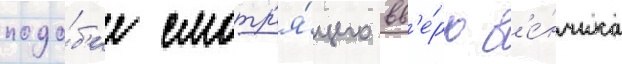
подо́б'ие смотр'я́щего вв'е́рх в'е́нчика